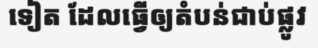
ទៀត ដែលធ្វើឲ្យតំបន់ជាប់ផ្លូវ